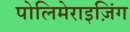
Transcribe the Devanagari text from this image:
पोलिमेराइज़िंग